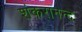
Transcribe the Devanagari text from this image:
शंकरानन्द